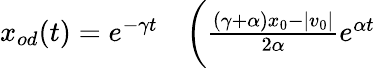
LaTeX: \begin{array}{rl}{x_{od}(t)=e^{-\gamma t}}&{{}\biggl(\frac{(\gamma+\alpha)x_{0}-|v_{0}|}{2\alpha}e^{\alpha t}}\end{array}